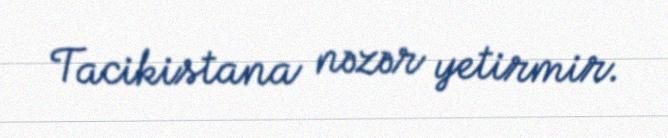
Tacikistana nəzər yetirmir.